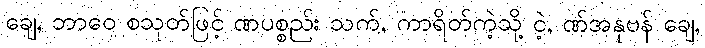
ချေ, ဘာဝေ စသုတ်ဖြင့် ဏပစ္စည်း သက်, ကာရိတ်ကဲ့သို့ ငဲ့, ဏ်အနုဗန် ချေ,